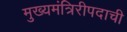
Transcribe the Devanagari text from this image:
मुख्यमंत्रिरीपदाची